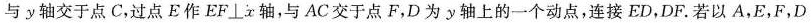
与y轴交于点C，过点E作EF⊥x轴，与AC交于点F，D为y轴上的一个动点，连接ED，DF。若以A，E，F，D